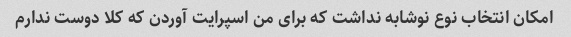
امکان انتخاب نوع نوشابه نداشت که برای من اسپرایت آوردن که کلا دوست ندارم